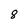
Character: 8